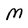
Character: M